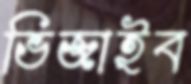
ভিজাইব